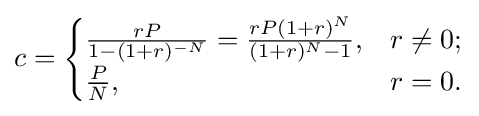
c={\begin{cases}{\frac {rP}{1-(1+r)^{-N}}}={\frac {rP(1+r)^{N}}{(1+r)^{N}-1}},&r\neq 0;\\{\frac {P}{N}},&r=0.\end{cases}}